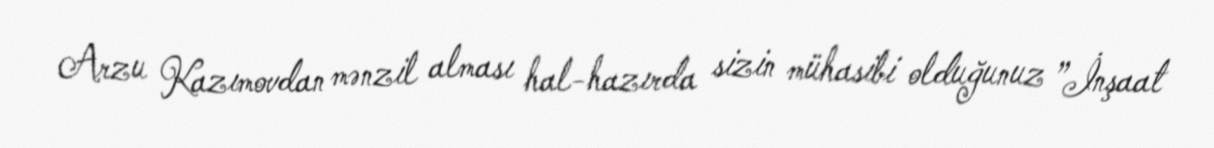
Arzu Kazımovdan mənzil alması hal-hazırda sizin mühasibi olduğunuz ”İnşaat